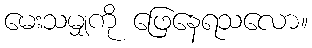
မေးသမျှကို ဖြေနေရသလော။